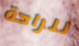
للراحة